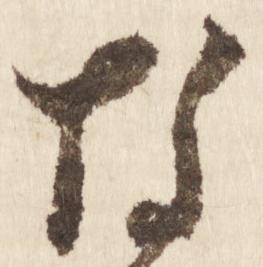
な